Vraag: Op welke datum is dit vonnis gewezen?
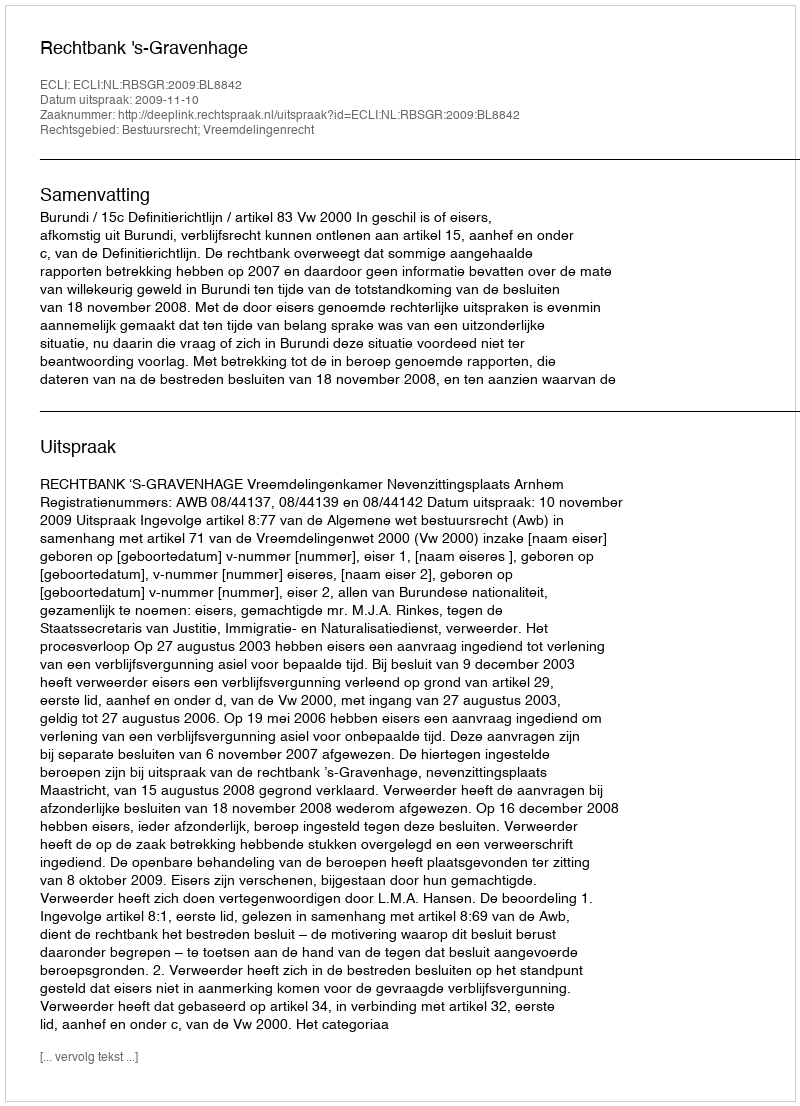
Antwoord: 2009-11-10